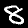
Label: 8